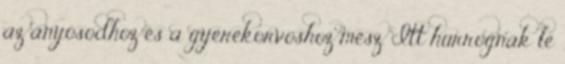
az anyósodhoz és a gyerekorvoshoz mész. Itt hurrognak le